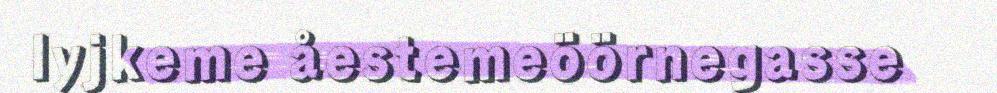
lyjkeme åestemeöörnegasse